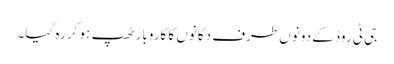
جی ٹی روڈ کے دونوں طرف دکانوں کا کاروبار ٹھپ ہو کر رہ گیا۔